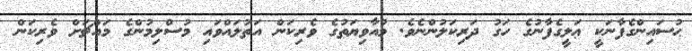
ޙުސައިންގެފާނަކީ ޢަލީގެފާނުގެ ހަގު ދަރިކަލުންނެވެ. މުއާވިޔަތުގެ ވެރިކަން އަތުލައްވައި މުސްލިމުންގެ މައްޗަށް ވެރިކަން